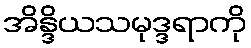
အိန္ဒိယသမုဒ္ဒရာကို